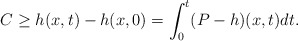
\begin{align*}C\geq h(x,t)-h(x,0)=\int_{0}^{t}(P-h)(x,t)dt.\end{align*}